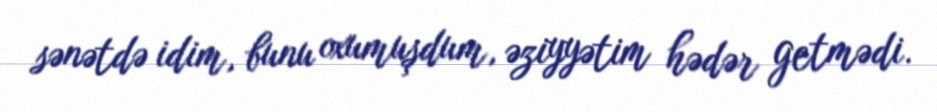
sənətdə idim, bunu oxumuşdum, əziyyətim hədər getmədi.